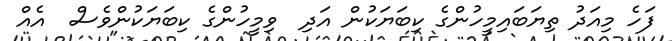
ފަހެ މިއަދު ތިޔަބައިމީހުންގެ ކިބަޔަކުން އަދި  ވިމީހުންގެ ކިބަޔަކުންވެސް  އެއް